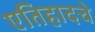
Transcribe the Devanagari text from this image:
एतिहादचे